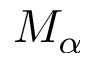
M _ { \alpha }